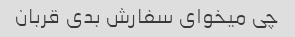
چی میخوای سفارش بدی قربان